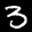
Label: 3